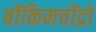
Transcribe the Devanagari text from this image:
बोंकिमचोंद्रो